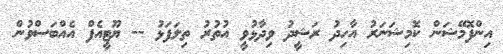
އިންފޮމޭޝަން ކޮމިޝަނަރު އާހިދު ރަޝީދު ވިދާޅުވީ އުތުރު ތިލަފަޅު -- ޔޫޓީއެފް އެއްބަސްވުން